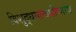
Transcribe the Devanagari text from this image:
विशुद्धसत्त्वधीष्णाय